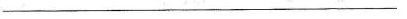
__________________